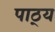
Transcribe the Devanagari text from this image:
पाठ्‌य